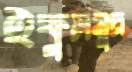
ইক্ষুসমুদ্র